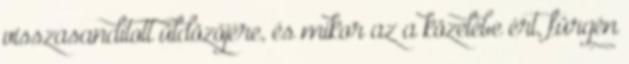
visszasandított üldözőjére, és mikor az a közelébe ért, fürgén